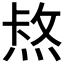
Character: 𤋈